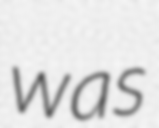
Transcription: was